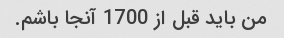
من باید قبل از 1700 آنجا باشم.